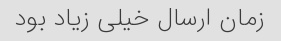
زمان ارسال خیلی زیاد بود